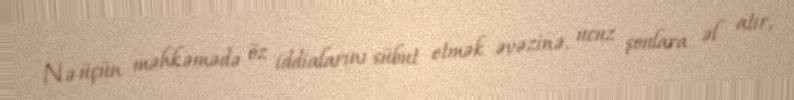
Nə üçün məhkəmədə öz iddialarını sübut etmək əvəzinə, ucuz şoulara əl atır,